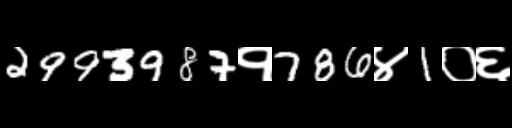
Text: 2993987१786४1०६